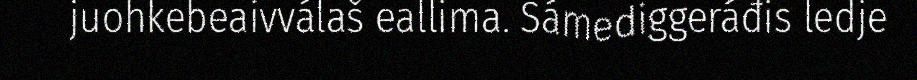
juohkebeaivválaš eallima. Sámediggeráđis ledje